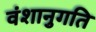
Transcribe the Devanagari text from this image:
वंशानुगति